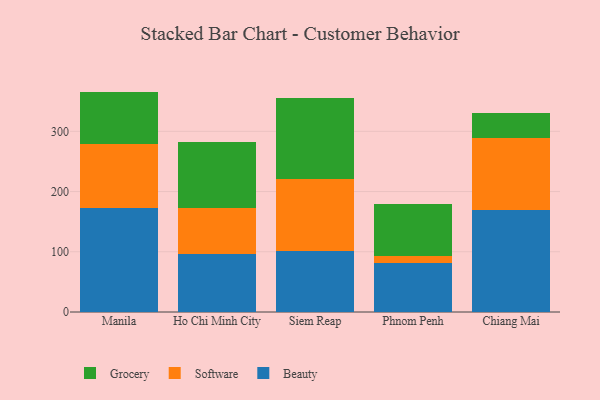
{"axis": {"x": "City", "y": "Website Visitors"}, "legend": ["Beauty", "Grocery", "Software"], "data": [{"x": "Manila", "y": 171.9, "type": "Beauty"}, {"x": "Manila", "y": 107.6, "type": "Software"}, {"x": "Manila", "y": 86.5, "type": "Grocery"}, {"x": "Ho Chi Minh City", "y": 96.8, "type": "Beauty"}, {"x": "Ho Chi Minh City", "y": 76.6, "type": "Software"}, {"x": "Ho Chi Minh City", "y": 109.5, "type": "Grocery"}, {"x": "Siem Reap", "y": 100.8, "type": "Beauty"}, {"x": "Siem Reap", "y": 119.3, "type": "Software"}, {"x": "Siem Reap", "y": 135.5, "type": "Grocery"}, {"x": "Phnom Penh", "y": 82.1, "type": "Beauty"}, {"x": "Phnom Penh", "y": 10.4, "type": "Software"}, {"x": "Phnom Penh", "y": 87.3, "type": "Grocery"}, {"x": "Chiang Mai", "y": 169.2, "type": "Beauty"}, {"x": "Chiang Mai", "y": 120.3, "type": "Software"}, {"x": "Chiang Mai", "y": 41.3, "type": "Grocery"}]}